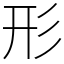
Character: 形